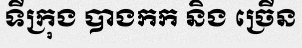
ទីក្រុង បាងកក និង ច្រើន